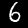
Label: 6